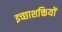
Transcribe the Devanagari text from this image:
इच्छाशक्तियों